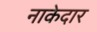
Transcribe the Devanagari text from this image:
नाकेदार